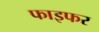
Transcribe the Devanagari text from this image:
फाइफर